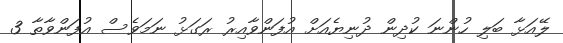
ލޭއަޅާ ބަލި ހުންނަ ކުދިން ދުނިޔެއަށް އުފަންވާއިރު ރަަގަޅު ނަމަވެސް އުފަންވާތާ 3